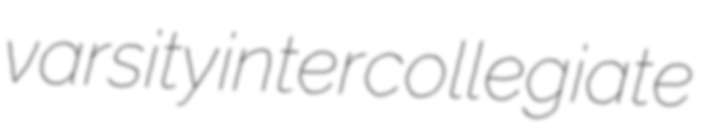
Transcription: varsity intercollegiate